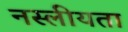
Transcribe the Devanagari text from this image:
नस्लीयता